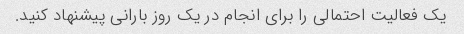
یک فعالیت احتمالی را برای انجام در یک روز بارانی پیشنهاد کنید.